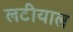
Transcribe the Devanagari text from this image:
लटीयाल